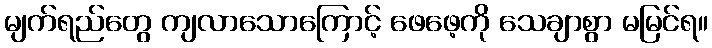
မျက်ရည်တွေ ကျလာသောကြောင့် ဖေဖေ့ကို သေချာစွာ မမြင်ရ။